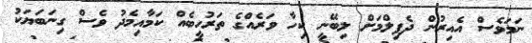
ނަމަވެސް އެއިރުން ދެފިލްމަށް ލިބޭނީ ކިހާ ވަރެއްގެ ތަރުހީބެއް ކަމާއިމެދު ވެސް ގިނަބަޔަކު